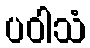
ပဝါသံ